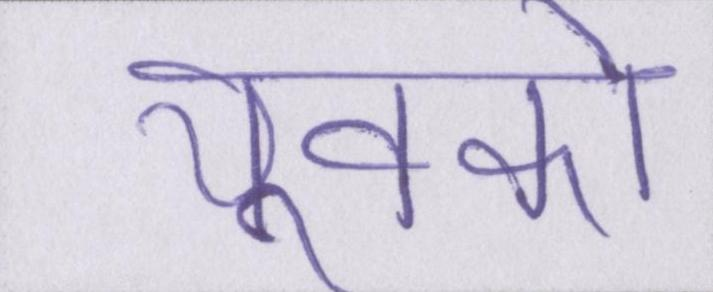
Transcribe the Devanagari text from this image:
युवको